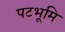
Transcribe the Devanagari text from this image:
पटभूमि